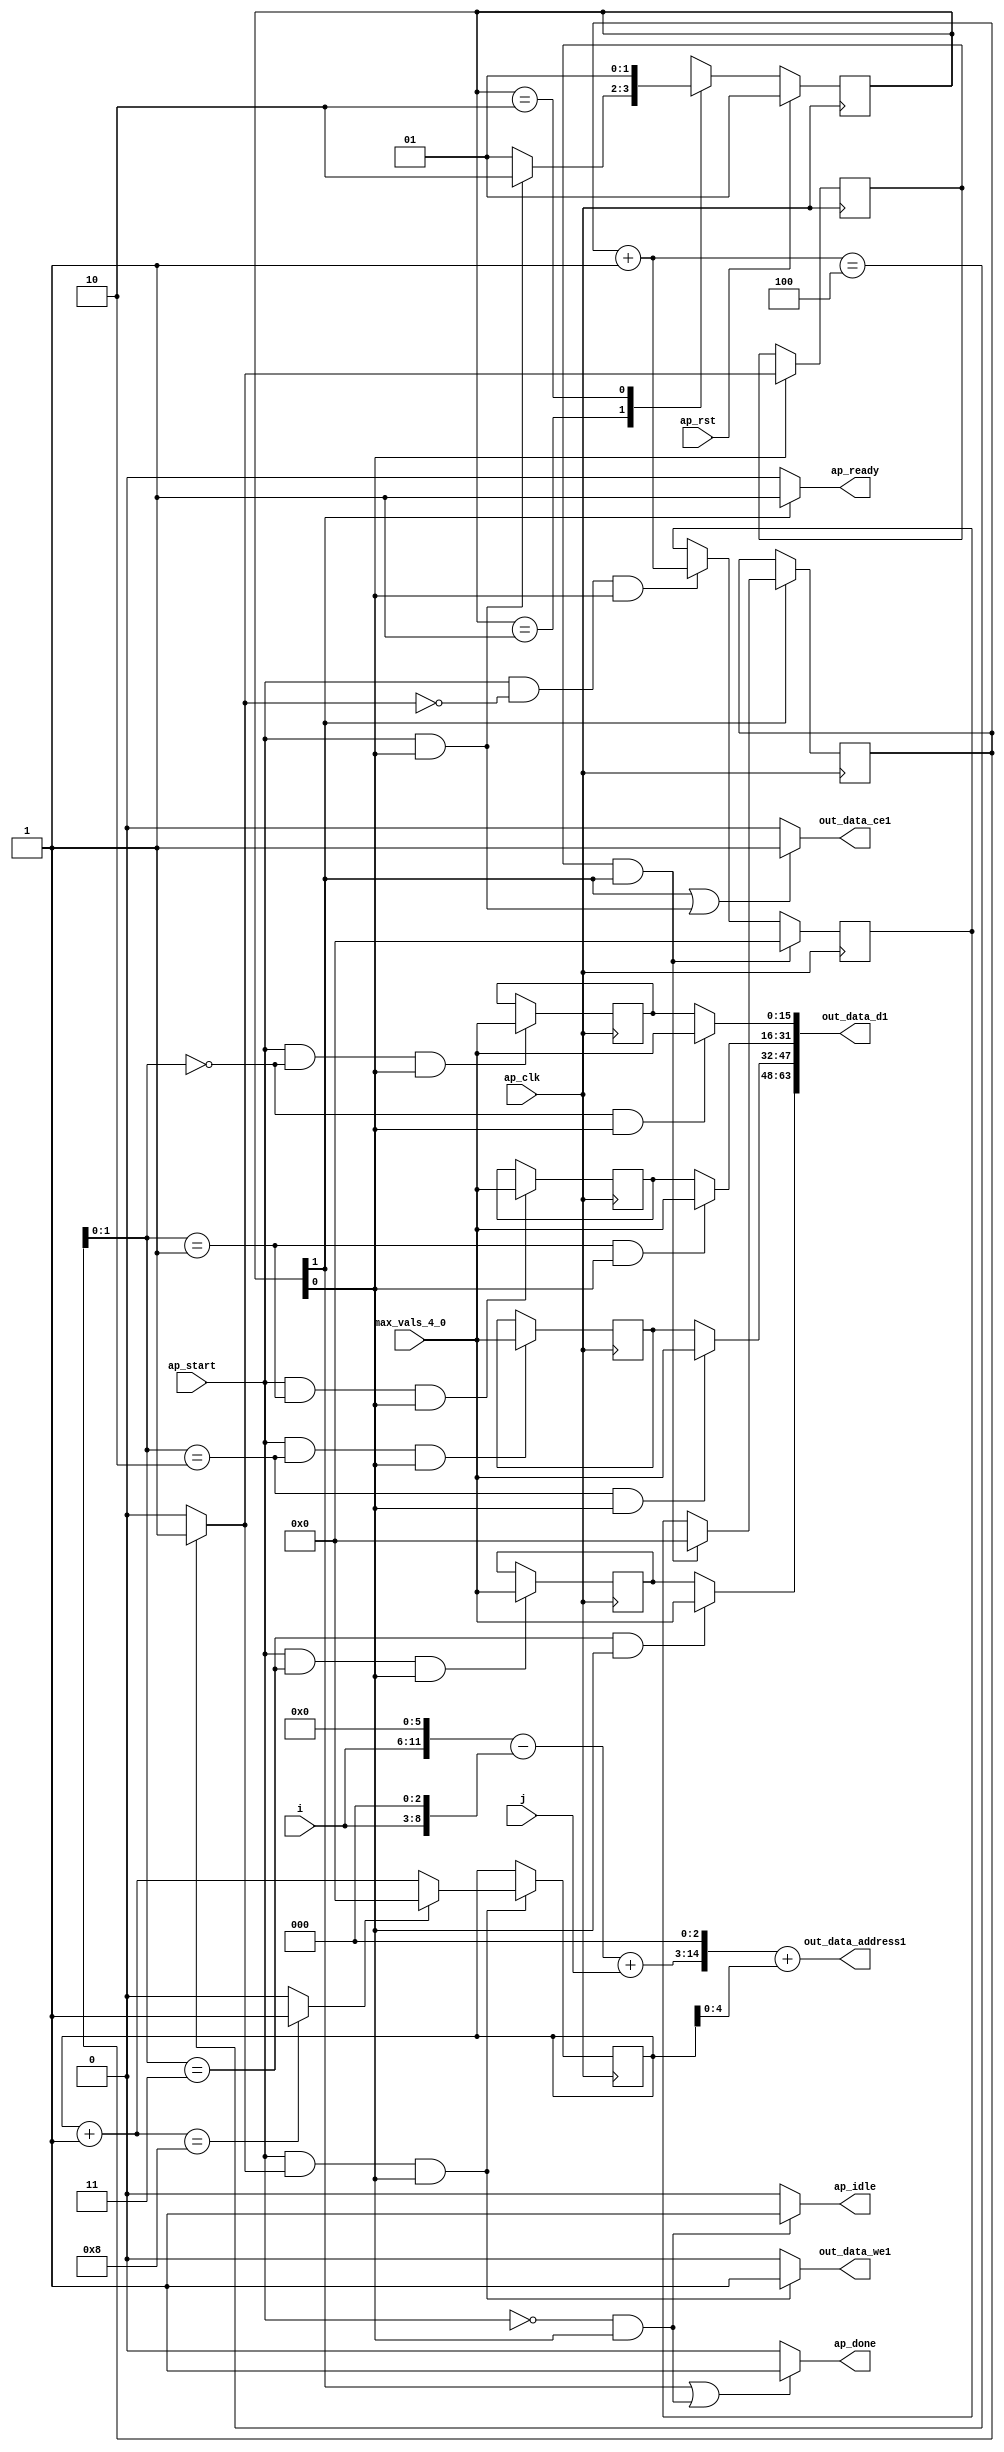
`define EXPONENT 5
`define MANTISSA 10
`define ACTUAL_MANTISSA 11
`define EXPONENT_LSB 10
`define EXPONENT_MSB 14
`define MANTISSA_LSB 0
`define MANTISSA_MSB 9
`define MANTISSA_MUL_SPLIT_LSB 3
`define MANTISSA_MUL_SPLIT_MSB 9
`define SIGN 1
`define SIGN_LOC 15
`define DWIDTH (`SIGN+`EXPONENT+`MANTISSA)
`define IEEE_COMPLIANCE 1

module td_fused_top_tdf2_writeOutputs_unaligned (
        ap_clk,
        ap_rst,
        ap_start,
        ap_done,
        ap_idle,
        ap_ready,
        i,
        j,
        out_data_address1,
        out_data_ce1,
        out_data_we1,
        out_data_d1,
        max_vals_4_0
);

parameter    ap_ST_fsm_state1 = 2'd1;
parameter    ap_ST_fsm_state2 = 2'd2;

input   ap_clk;
input   ap_rst;
input   ap_start;
output   ap_done;
output   ap_idle;
output   ap_ready;
input  [5:0] i;
input  [11:0] j;
output  [14:0] out_data_address1;
output   out_data_ce1;
output   out_data_we1;
output  [63:0] out_data_d1;
input  [15:0] max_vals_4_0;

reg ap_done;
reg ap_idle;
reg ap_ready;
reg out_data_ce1;
reg out_data_we1;

  reg   [1:0] ap_CS_fsm;
wire    ap_CS_fsm_state1;
reg   [15:0] outputCount_7;
reg   [15:0] outputChanIdx_7;
reg   [15:0] outputRow_9_0;
reg   [15:0] outputRow_9_1;
reg   [15:0] outputRow_9_2;
reg   [15:0] outputRow_9_3;
wire   [15:0] add_ln87_fu_175_p2;
wire   [0:0] icmp_ln88_fu_181_p2;
reg   [0:0] icmp_ln88_reg_295;
reg   [15:0] ap_phi_mux_empty_phi_fu_92_p4;
reg   [15:0] empty_reg_89;
wire    ap_CS_fsm_state2;
wire   [63:0] zext_ln94_14_fu_209_p1;
wire   [15:0] select_ln97_fu_267_p3;
wire   [1:0] trunc_ln86_fu_147_p1;
reg   [15:0] ap_sig_allocacmp_outputRow_9_0_load;
reg   [15:0] ap_sig_allocacmp_outputRow_9_1_load;
reg   [15:0] ap_sig_allocacmp_outputRow_9_2_load;
reg   [15:0] ap_sig_allocacmp_outputRow_9_3_load;
wire   [8:0] tmp_s_fu_107_p3;
wire   [11:0] tmp_fu_99_p3;
wire   [11:0] zext_ln94_fu_115_p1;
wire   [11:0] sub_ln94_fu_119_p2;
wire   [11:0] add_ln94_fu_125_p2;
wire   [4:0] trunc_ln94_fu_195_p1;
wire   [14:0] tmp_110_cast_fu_131_p3;
wire   [14:0] zext_ln94_13_fu_199_p1;
wire   [14:0] add_ln94_6_fu_203_p2;
wire   [15:0] bitcast_ln94_18_fu_238_p1;
wire   [15:0] bitcast_ln94_17_fu_230_p1;
wire   [15:0] bitcast_ln94_16_fu_222_p1;
wire   [15:0] bitcast_ln94_fu_214_p1;
wire   [15:0] add_ln96_fu_255_p2;
wire   [0:0] icmp_ln97_fu_261_p2;
reg   [1:0] ap_NS_fsm;
wire    ap_ce_reg;

// power-on initialization
initial begin
#0 ap_CS_fsm = 2'd1;
#0 outputCount_7 = 16'd0;
#0 outputChanIdx_7 = 16'd0;
#0 outputRow_9_0 = 16'd0;
#0 outputRow_9_1 = 16'd0;
#0 outputRow_9_2 = 16'd0;
#0 outputRow_9_3 = 16'd0;
end

always @ (posedge ap_clk) begin
    if (ap_rst == 1'b1) begin
        ap_CS_fsm <= ap_ST_fsm_state1;
    end else begin
        ap_CS_fsm <= ap_NS_fsm;
    end
end

always @ (posedge ap_clk) begin
    if (((icmp_ln88_reg_295 == 1'd1) & (1'b1 == ap_CS_fsm_state2))) begin
        empty_reg_89 <= 16'd0;
    end else if (((ap_start == 1'b1) & (icmp_ln88_fu_181_p2 == 1'd0) & (1'b1 == ap_CS_fsm_state1))) begin
        empty_reg_89 <= add_ln87_fu_175_p2;
    end
end

always @ (posedge ap_clk) begin
    if ((1'b1 == ap_CS_fsm_state1)) begin
        icmp_ln88_reg_295 <= icmp_ln88_fu_181_p2;
    end
end

always @ (posedge ap_clk) begin
    if (((ap_start == 1'b1) & (icmp_ln88_fu_181_p2 == 1'd1) & (1'b1 == ap_CS_fsm_state1))) begin
        outputChanIdx_7 <= select_ln97_fu_267_p3;
    end
end

always @ (posedge ap_clk) begin
    if ((1'b1 == ap_CS_fsm_state2)) begin
        outputCount_7 <= ap_phi_mux_empty_phi_fu_92_p4;
    end
end

always @ (posedge ap_clk) begin
    if (((ap_start == 1'b1) & (trunc_ln86_fu_147_p1 == 2'd0) & (1'b1 == ap_CS_fsm_state1))) begin
        outputRow_9_0 <= max_vals_4_0;
    end
end

always @ (posedge ap_clk) begin
    if (((ap_start == 1'b1) & (trunc_ln86_fu_147_p1 == 2'd1) & (1'b1 == ap_CS_fsm_state1))) begin
        outputRow_9_1 <= max_vals_4_0;
    end
end

always @ (posedge ap_clk) begin
    if (((ap_start == 1'b1) & (trunc_ln86_fu_147_p1 == 2'd2) & (1'b1 == ap_CS_fsm_state1))) begin
        outputRow_9_2 <= max_vals_4_0;
    end
end

always @ (posedge ap_clk) begin
    if (((ap_start == 1'b1) & (trunc_ln86_fu_147_p1 == 2'd3) & (1'b1 == ap_CS_fsm_state1))) begin
        outputRow_9_3 <= max_vals_4_0;
    end
end

always @ (*) begin
    if (((1'b1 == ap_CS_fsm_state2) | ((ap_start == 1'b0) & (1'b1 == ap_CS_fsm_state1)))) begin
        ap_done = 1'b1;
    end else begin
        ap_done = 1'b0;
    end
end

always @ (*) begin
    if (((ap_start == 1'b0) & (1'b1 == ap_CS_fsm_state1))) begin
        ap_idle = 1'b1;
    end else begin
        ap_idle = 1'b0;
    end
end

always @ (*) begin
    if (((icmp_ln88_reg_295 == 1'd1) & (1'b1 == ap_CS_fsm_state2))) begin
        ap_phi_mux_empty_phi_fu_92_p4 = 16'd0;
    end else begin
        ap_phi_mux_empty_phi_fu_92_p4 = empty_reg_89;
    end
end

always @ (*) begin
    if ((1'b1 == ap_CS_fsm_state2)) begin
        ap_ready = 1'b1;
    end else begin
        ap_ready = 1'b0;
    end
end

always @ (*) begin
    if (((trunc_ln86_fu_147_p1 == 2'd0) & (1'b1 == ap_CS_fsm_state1))) begin
        ap_sig_allocacmp_outputRow_9_0_load = max_vals_4_0;
    end else begin
        ap_sig_allocacmp_outputRow_9_0_load = outputRow_9_0;
    end
end

always @ (*) begin
    if (((trunc_ln86_fu_147_p1 == 2'd1) & (1'b1 == ap_CS_fsm_state1))) begin
        ap_sig_allocacmp_outputRow_9_1_load = max_vals_4_0;
    end else begin
        ap_sig_allocacmp_outputRow_9_1_load = outputRow_9_1;
    end
end

always @ (*) begin
    if (((trunc_ln86_fu_147_p1 == 2'd2) & (1'b1 == ap_CS_fsm_state1))) begin
        ap_sig_allocacmp_outputRow_9_2_load = max_vals_4_0;
    end else begin
        ap_sig_allocacmp_outputRow_9_2_load = outputRow_9_2;
    end
end

always @ (*) begin
    if (((trunc_ln86_fu_147_p1 == 2'd3) & (1'b1 == ap_CS_fsm_state1))) begin
        ap_sig_allocacmp_outputRow_9_3_load = max_vals_4_0;
    end else begin
        ap_sig_allocacmp_outputRow_9_3_load = outputRow_9_3;
    end
end

always @ (*) begin
    if (((1'b1 == ap_CS_fsm_state2) | ((ap_start == 1'b1) & (1'b1 == ap_CS_fsm_state1)))) begin
        out_data_ce1 = 1'b1;
    end else begin
        out_data_ce1 = 1'b0;
    end
end

always @ (*) begin
    if (((ap_start == 1'b1) & (icmp_ln88_fu_181_p2 == 1'd1) & (1'b1 == ap_CS_fsm_state1))) begin
        out_data_we1 = 1'b1;
    end else begin
        out_data_we1 = 1'b0;
    end
end

always @ (*) begin
    case (ap_CS_fsm)
        ap_ST_fsm_state1 : begin
            if (((ap_start == 1'b1) & (1'b1 == ap_CS_fsm_state1))) begin
                ap_NS_fsm = ap_ST_fsm_state2;
            end else begin
                ap_NS_fsm = ap_ST_fsm_state1;
            end
        end
        ap_ST_fsm_state2 : begin
            ap_NS_fsm = ap_ST_fsm_state1;
        end
        default : begin
            ap_NS_fsm = 'bx;
        end
    endcase
end

assign add_ln87_fu_175_p2 = (outputCount_7 + 16'd1);

assign add_ln94_6_fu_203_p2 = (tmp_110_cast_fu_131_p3 + zext_ln94_13_fu_199_p1);

assign add_ln94_fu_125_p2 = (sub_ln94_fu_119_p2 + j);

assign add_ln96_fu_255_p2 = (outputChanIdx_7 + 16'd1);

assign ap_CS_fsm_state1 = ap_CS_fsm[32'd0];

assign ap_CS_fsm_state2 = ap_CS_fsm[32'd1];

assign bitcast_ln94_16_fu_222_p1 = ap_sig_allocacmp_outputRow_9_1_load;

assign bitcast_ln94_17_fu_230_p1 = ap_sig_allocacmp_outputRow_9_2_load;

assign bitcast_ln94_18_fu_238_p1 = ap_sig_allocacmp_outputRow_9_3_load;

assign bitcast_ln94_fu_214_p1 = ap_sig_allocacmp_outputRow_9_0_load;

assign icmp_ln88_fu_181_p2 = ((add_ln87_fu_175_p2 == 16'd4) ? 1'b1 : 1'b0);

assign icmp_ln97_fu_261_p2 = ((add_ln96_fu_255_p2 == 16'd8) ? 1'b1 : 1'b0);

assign out_data_address1 = zext_ln94_14_fu_209_p1;

assign out_data_d1 = {{{{bitcast_ln94_18_fu_238_p1}, {bitcast_ln94_17_fu_230_p1}}, {bitcast_ln94_16_fu_222_p1}}, {bitcast_ln94_fu_214_p1}};

assign select_ln97_fu_267_p3 = ((icmp_ln97_fu_261_p2[0:0] == 1'b1) ? 16'd0 : add_ln96_fu_255_p2);

assign sub_ln94_fu_119_p2 = (tmp_fu_99_p3 - zext_ln94_fu_115_p1);

assign tmp_110_cast_fu_131_p3 = {{add_ln94_fu_125_p2}, {3'd0}};

assign tmp_fu_99_p3 = {{i}, {6'd0}};

assign tmp_s_fu_107_p3 = {{i}, {3'd0}};

assign trunc_ln86_fu_147_p1 = outputCount_7[1:0];

assign trunc_ln94_fu_195_p1 = outputChanIdx_7[4:0];

assign zext_ln94_13_fu_199_p1 = trunc_ln94_fu_195_p1;

assign zext_ln94_14_fu_209_p1 = add_ln94_6_fu_203_p2;

assign zext_ln94_fu_115_p1 = tmp_s_fu_107_p3;

endmodule //td_fused_top_tdf2_writeOutputs_unaligned